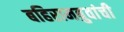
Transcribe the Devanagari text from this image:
बहिरामबुवांची